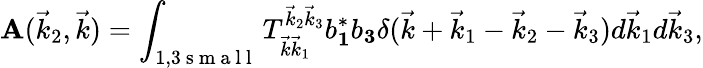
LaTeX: \mathbf{A}(\vec{{k}}_{2},\vec{{k}})=\int_{1,3\mathrm{{~s~m~a~l~l~}}}T_{\vec{{k}}\vec{{k}}_{1}}^{\vec{{k}}_{2}\vec{{k}}_{3}}b_{\mathbf{1}}^{*}b_{\mathbf{3}}\delta(\vec{{k}}+\vec{{k}}_{1}-\vec{{k}}_{2}-\vec{{k}}_{3})d\vec{{k}}_{1}d\vec{{k}}_{3},